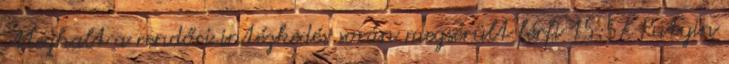
Meghalt a rendőri intézkedés során megsérült férfi 15:57 Putyin